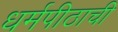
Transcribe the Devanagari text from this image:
धर्मपीठाची